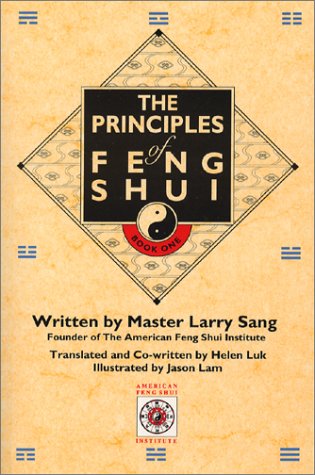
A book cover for The Principles of Feng Shui; Larry Sang; Religion & Spirituality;